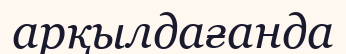
арқылдағанда